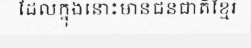
ដែលក្នុងនោះមានជនជាតិខ្មែរ